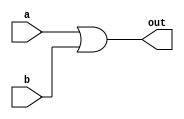
module or_gate(a,b,out);
        input wire a;
        input wire b;
        output wire out;

        assign out=a | b;
endmodule